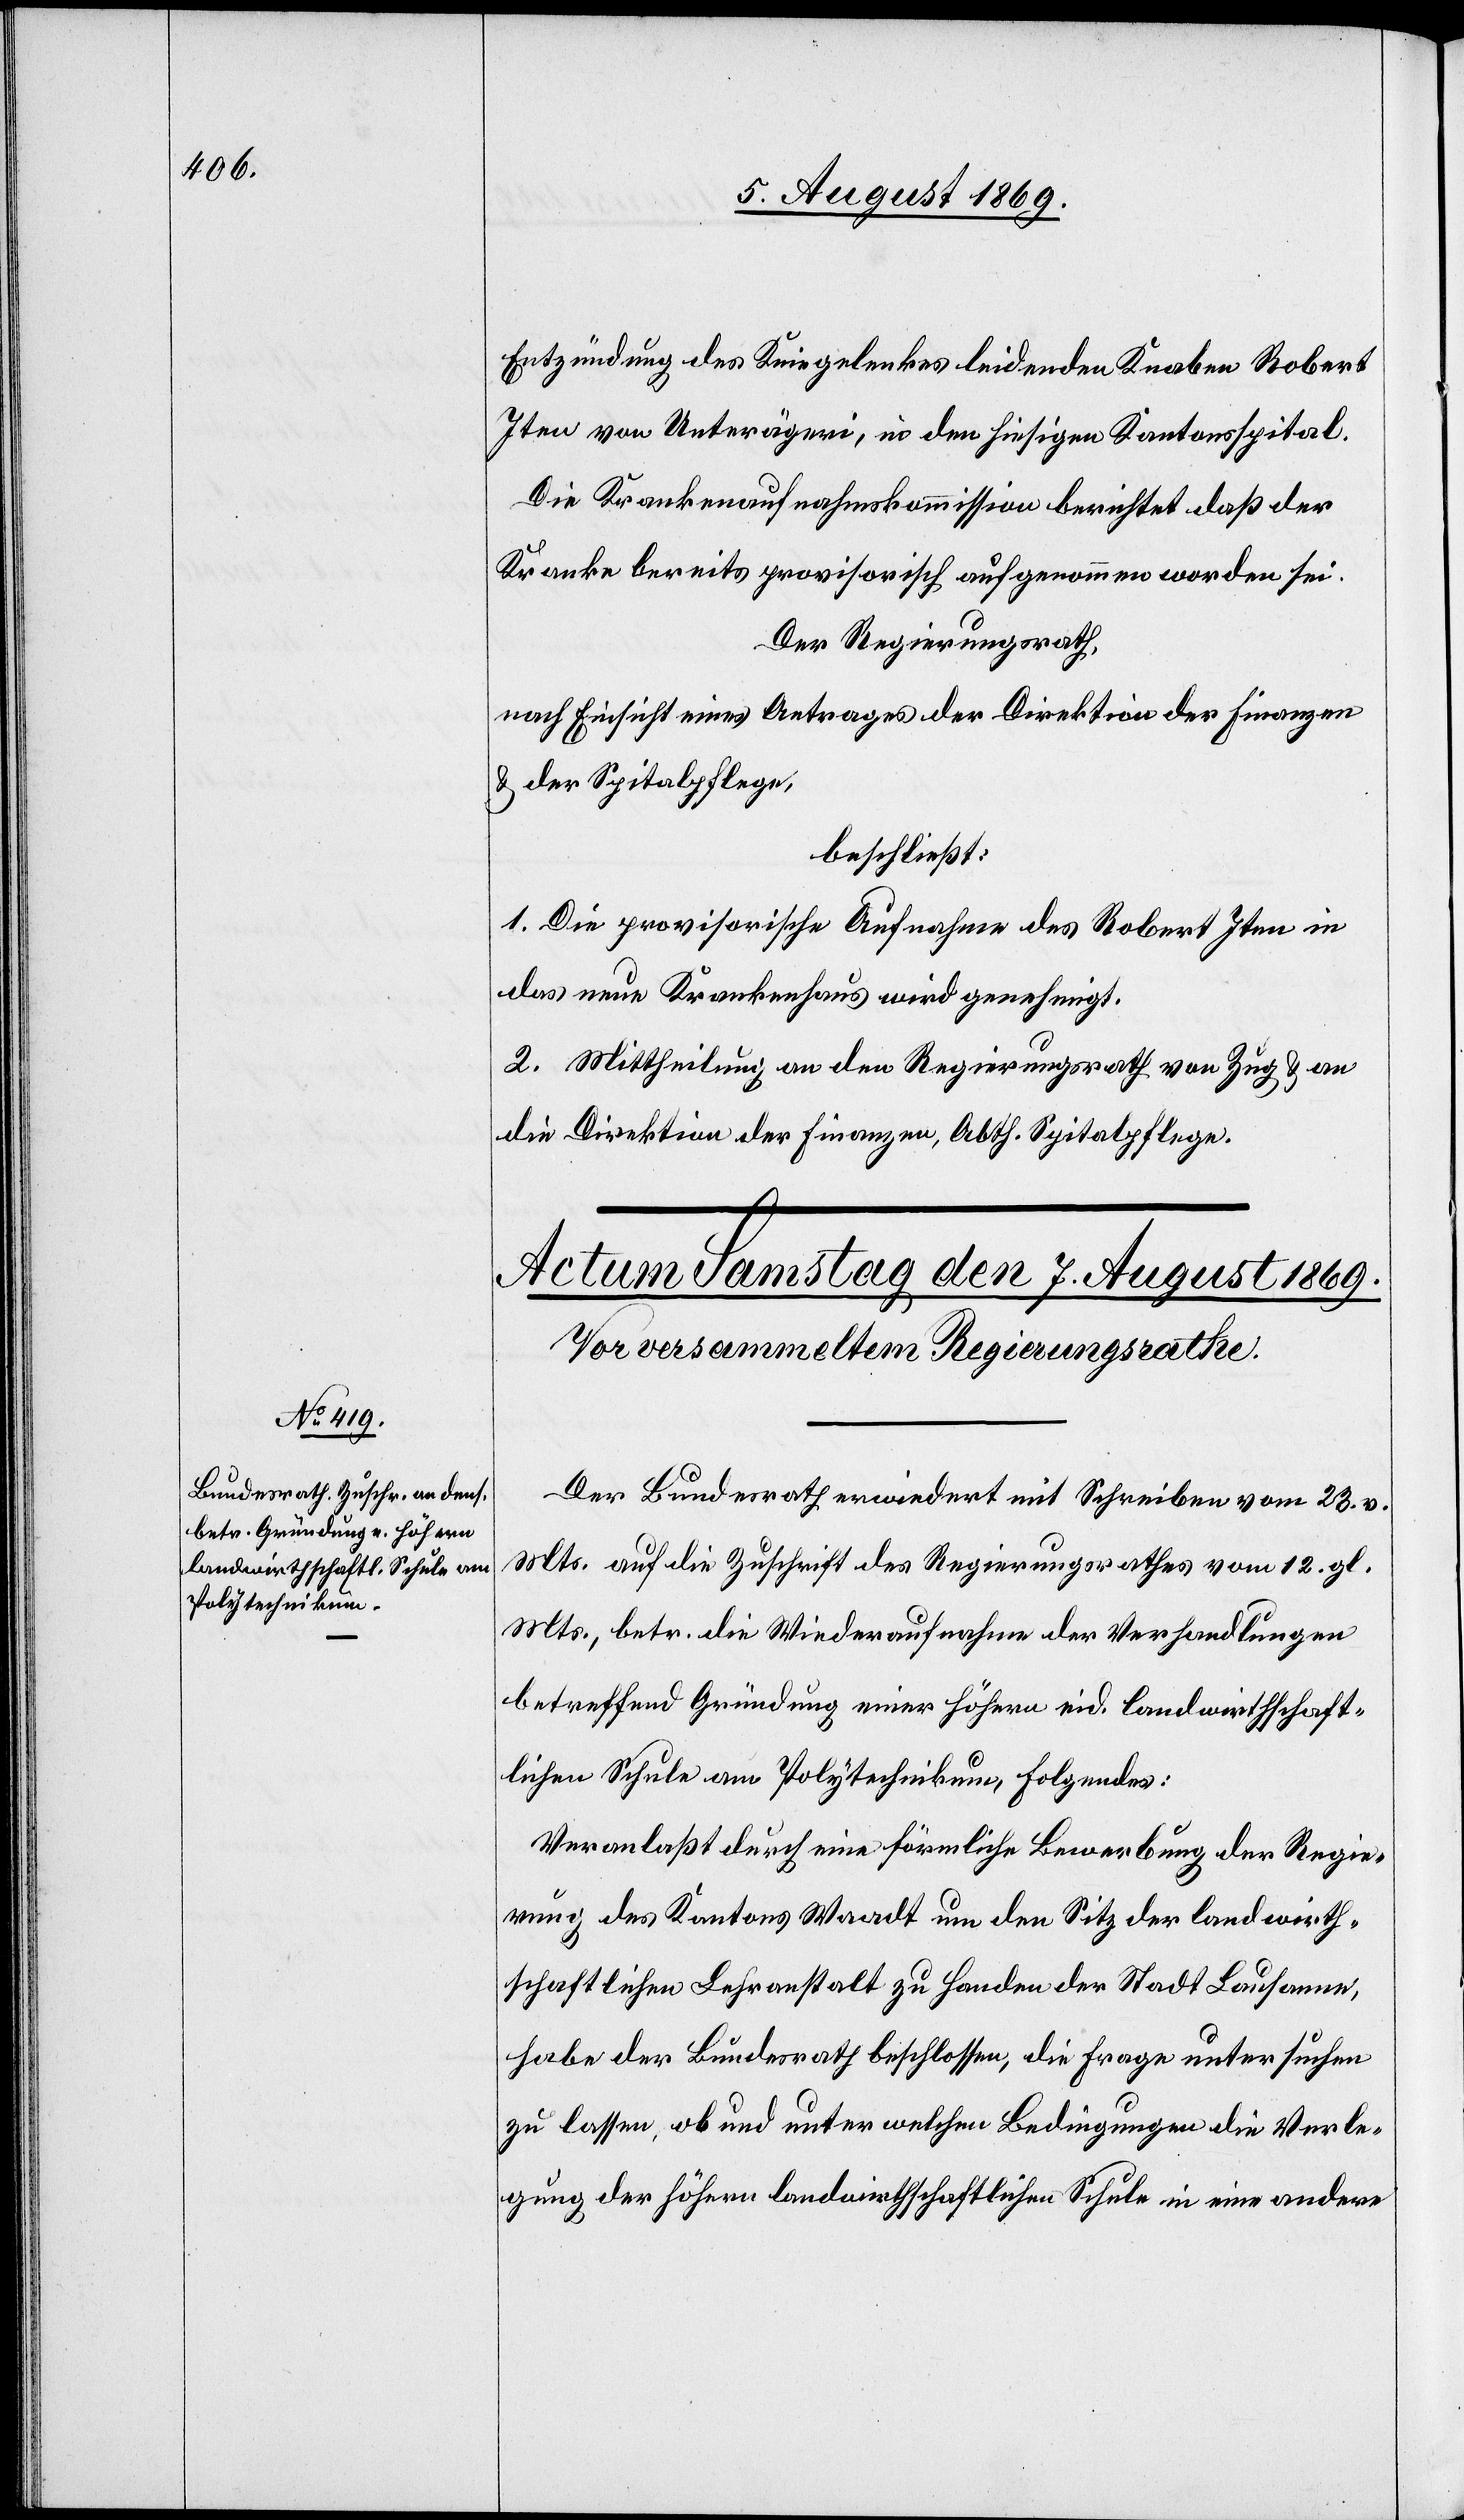
Entzündung des Kniegelenkes leidenden Knaben Robert
Iten von Unterägeri, in den hiesigen Kantonsspital.
Die Krankenaufnahmskommission berichtet daß der
Der Regierungsrath,
nach Einsicht eines Antrages der Direktion der Finanzen
& der Spitalpflege,
beschließt:
I. Die provisorische Aufnahme des Robert Iten in
das neue Krankenhaus wird genehmigt.
2. Mittheilung an den Regierungsrath von Zug & an
die Direktion der Finanzen, Abth Spitalpflege.
Der Bundesrath erwiedert mit Schreiben vom 23. v.
Mts. auf die Zuschrift des Regierungsrathes vom 12. gl.
Mts. betr. die Wiederaufnahme der Verhandlungen
betreffend Gründung einer höhern eid. landwirthschaft¬
lichen Schule am Polytechnikum, Folgendes:
Veranlaßt durch eine förmliche Bewerbung der Regie¬
rung des Kantons Waadt um den Sitz der landwirth¬
schaftlichen Lehranstalt zu Handen der Stadt Lausanne,
habe der Bundesrath beschlossen, die Frage untersuchen
zu lassen, ob und unter welchen Bedingungen die Verle¬
gung der höhern landwirthschaftlichen Schule in eine andere